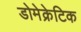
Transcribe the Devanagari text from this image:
डोमेक्रेटिक